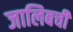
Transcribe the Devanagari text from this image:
जालिबची